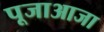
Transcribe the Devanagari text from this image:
पूजाआजा